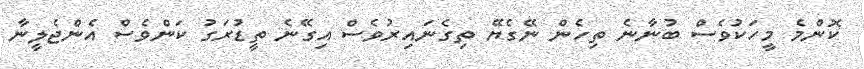
ކޮންމެ މީހަކުވެސް ބުނާނެ ތިހެން ނޭގެޔޭ ތިގެނައިރުވެސް އިގޭނެ ތީޑުރަގު ކަންވެސް އެންޖެލީނާ